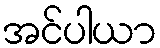
အင်ပါယာ